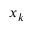
x _ { k }